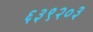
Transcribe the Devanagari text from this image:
६३९२०३